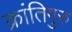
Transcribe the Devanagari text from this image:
क्रांतिगुरु